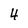
Character: 4